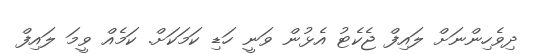
ދިވެހިންނަށް ލައިފް ޖެކެޓު އެޅުން ވަނީ ހަޑި ކަމަކަށް. ކަމެއް ވީމަ ލައިފް